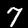
Digit: 7